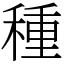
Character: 種